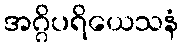
အဂ္ဂိပရိယေသနံ